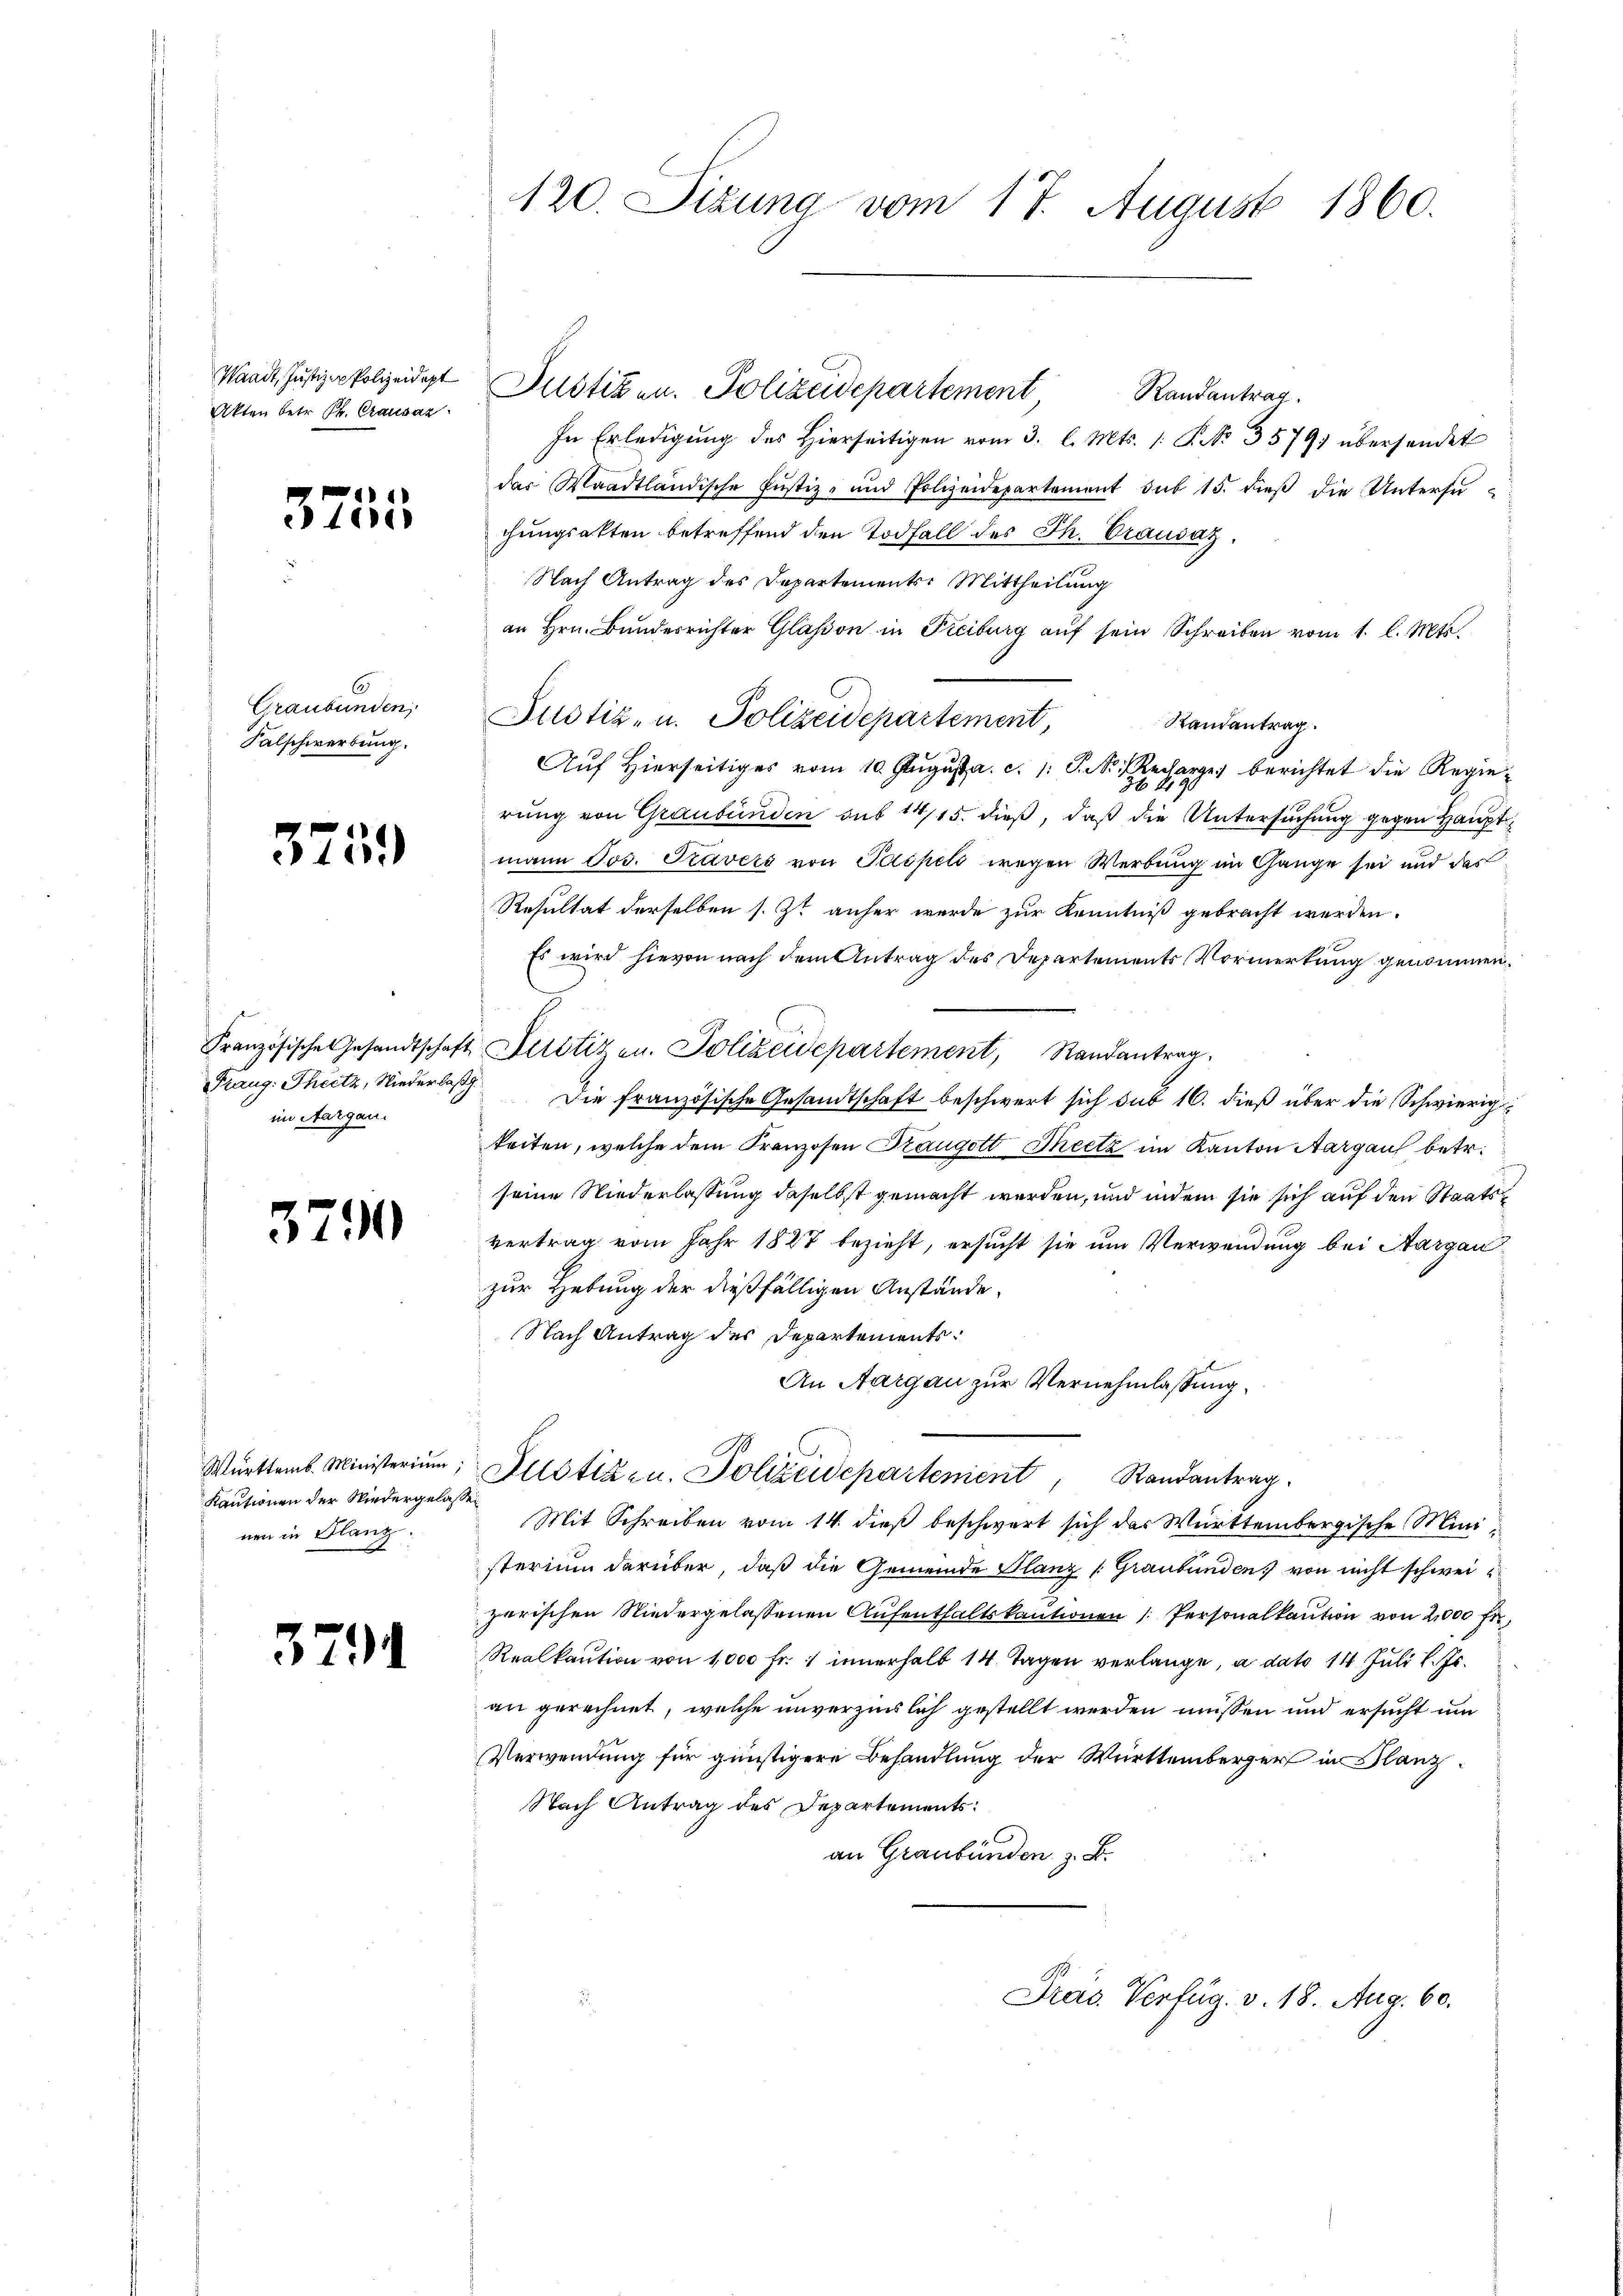
Waadt, Justiz - Polizeidept
Akten betr. P. Crausaz

3755

Graubünden
Falschwerbung.

375.

Französische Gesandtschaft
im Aargau.

379

Württemb. Ministerium,
Kautionen der Niedergelasse
nen in Flanz.

379.

120. Sizung vom 17. August 1860.

Justiken. Polizeidepartement
Randantrag.
In Erledigung des hierseitigen vom 3. l. Mts. 1. P. Nr. 3579; übersendet
das Waadtländische Justiz- und Polizeidepartement sub 15. dieβ die Untersu-
chungsakten betreffend den Todfall des Th. Crausaz.
Nach Antrag des Departements. Mittheilung
an Hrn. Bunderrichter Glason in Freiburg aŭf sein Schreiben vom 1. l. Mts.
Justiz- u. Polizeidepartement,
Randantrag
Auf Hierseitiges vom 10. August a. c. 1 S. S. Recharge berichtet die Regierung von Graubünden sub 14/15. dieß, daß die Untersuchung gegen Hauptmann Jos. Travers von Paspels wegen Werbung im Gange sei und das
Resultat derselben s. Zt anher wurde zur Kenntniß gebracht werden.
Es wird hievon nach dem Antrag des Departements Vormerkung genommen.
Justiz u. Polizeidepartement, Randantrag.
Fraug: Theitz, Niederlaβ die französische Gesandtschaft beschwert sich sub 16. dieß über die Schwierig
keiten, welche dem Franzosen Kaugott Theetz im Kanton Aargau betr.
seine Niederlassung daselbst gemacht werden, und indem sie sich auf den Staatsvertrag vom Jahr 1827 bezieht, ersucht sie um Verwendung bei Aargau
zur Hebung der dießfälligen Anstände,
Nach Antrag des Departements:
An Aargau zur Vernehmlassung.
Justizen. Polizeidepartenient, Randantrag
Mit Schreiben vom 14. dieß beschwert sich das Württembergische Ministerium darüber, daß die Gemeinde Planz [Graubünden, von nicht schweizerischen Niedergelassenen Aufenthaltskautionen (Personalkaution von 2000 fr
Realkaution von 1,000 fr. 1 innerhalb 14 Tagen verlange, a dato 14 Juli l. Js.
an gerechnet, welche unverzinslich gestellt werden müssen und ersucht um
Verwendung für günstigere Behandlung der Württemberger in Glanz¬
Nach Antrag des Departements:
an Graubünden z. B.

Pras Verfüg. v. 18. Aug. 60.